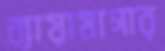
ব্যায়ামাগার